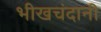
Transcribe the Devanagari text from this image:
भीखचंदानी